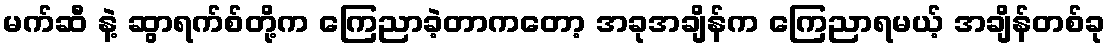
မက်ဆီ နဲ့ ဆွာရက်စ်တို့က ကြေညာခဲ့တာကတော့ အခုအချိန်က ကြေညာရမယ့် အချိန်တစ်ခု